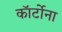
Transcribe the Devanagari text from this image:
कॉर्टोना